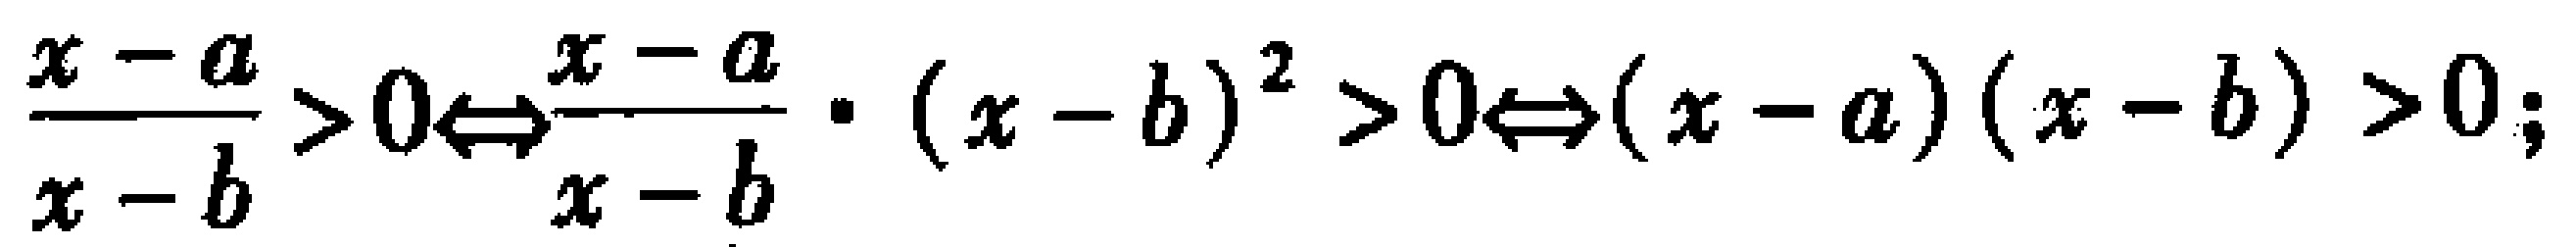
$\frac{x - a}{x - b} > 0\Leftrightarrow\frac{x - a}{x - b} \cdot (x - b)^2 > 0\Leftrightarrow(x - a)(x - b) > 0;$